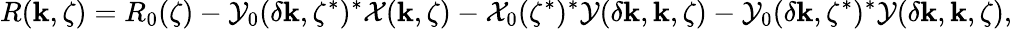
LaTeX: R(\mathbf{k},\zeta)=R_{0}(\zeta)-\mathcal{Y}_{0}(\delta\mathbf{k},\zeta^{*})^{*}\mathcal{X}(\mathbf{k},\zeta)-\mathcal{X}_{0}(\zeta^{*})^{*}\mathcal{Y}(\delta\mathbf{k},\mathbf{k},\zeta)-\mathcal{Y}_{0}(\delta\mathbf{k},\zeta^{*})^{*}\mathcal{Y}(\delta\mathbf{k},\mathbf{k},\zeta),